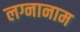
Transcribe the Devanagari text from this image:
लग्नानाम